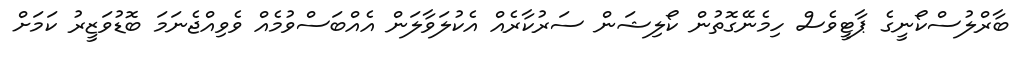
ބާރްލުސްކޯނީގެ ޕާޓީވެސް ހިމެނޭގޮތުން ކޯލިޝަން ސަރުކާރެއް އެކުލަވާލަން އެއްބަސްވުމެއް ވެވިއްޖެނަމަ ބޮޑުވަޒީރު ކަމަށް